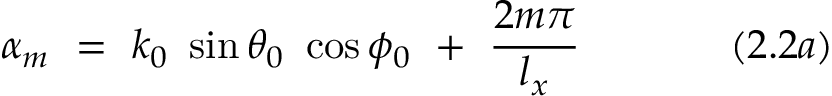
\alpha _ { m } ~ = ~ k _ { 0 } ~ \sin \theta _ { 0 } ~ \cos \phi _ { 0 } ~ + ~ { \frac { 2 m \pi } { l _ { x } } } ~ ~ ~ ~ ~ ~ ~ ~ ~ ~ ~ ( 2 . 2 a )